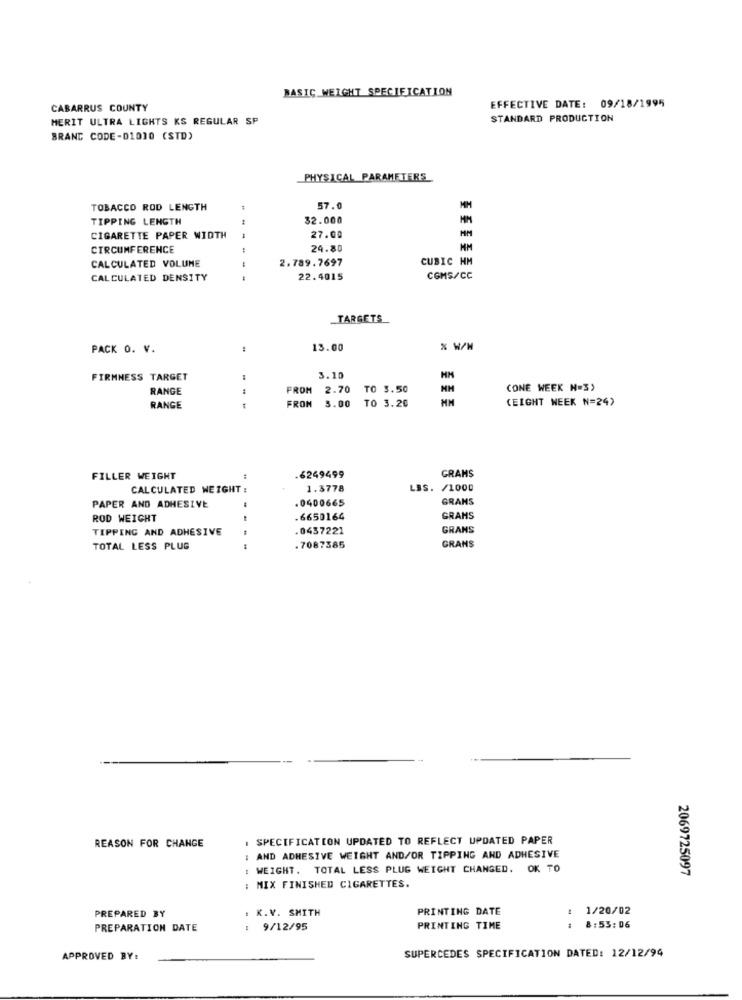
BASIC WEIGHT SPECIFICATION
CABARRUS COUNTY
EFFECTIVE DATE: 09/18/1995
MERIT ULTRA LIGHTS KS REGULAR SP
STANDARD PRODUCTION
BRAND CODE-D1010 (STD)
PHYSICAL PARAMETERS
TOBACCO ROD LENGTH
57.0
MM
TIPPING LENGTH
32.000
MM
CIGARETTE PAPER WIDTH
27.00
CIRCUMFERENCE
24.80
CALCULATED VOLUME
2.789.7697
CUBIC HM
CALCULATED DENSITY
22.4015
COMS/CC
TARGETS
PACK O. V.
13.00
% W/H
FIRMNESS TARGET
3.10
HM
RANGE
--
FROM
2.70
TO 3.50
CONE WEEK N=3)
(EIGHT WEEK N=24)
RANGE
FRON 3.00 TO 3.20
FILLER WEIGHT
:
.6249499
GRAMS
CALCULATED WEIGHT :
1.3778
LBS. /1000
.0400665
GRANS
PAPER AND ADHESIVE
ROD WEIGHT
.6650164
GRAMS
TIPPING AND ADHESIVE
.0437221
GRANS
GRANS
TOTAL LESS PLUG
.7087385
REASON FOR CHANGE
SPECIFICATION UPDATED TO REFLECT UPDATED PAPER
: AND ADHESIVE WEIGHT AND/OR TIPPING AND ADHESIVE
: WEIGHT. TOTAL LESS PLUG WEIGHT CHANGED. OK TO
2069725097
: MIX FINISHED CIGARETTES.
. K.V. SMITH
PRINTING DATE
1/20/02
PREPARED BY
PREPARATION DATE
: 9/12/95
PRINTING TIME
8:53:06
APPROVED BY:
SUPERCEDES SPECIFICATION DATED: 12/12/94